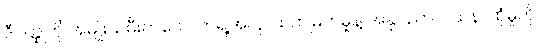
ဒီဝတ္ထုကို အမျိုးသမီးတယောက်ရဲ့အလှ၊ ထက်မြက်မှုနဲ့ အနုပညာ ဝါသနာထုံမှုကို